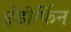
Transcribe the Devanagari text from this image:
इंडोर्फिन